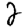
Digit: 2